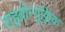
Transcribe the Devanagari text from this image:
राइबोन्यूक्लिक